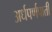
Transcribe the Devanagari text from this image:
अर्धपर्णपाती